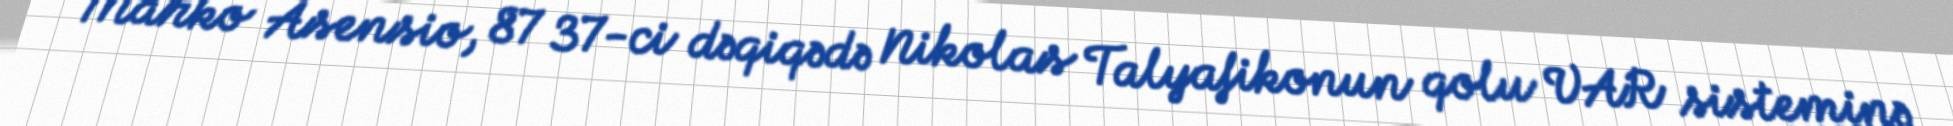
Marko Asensio, 87 37-ci dəqiqədə Nikolas Talyafikonun qolu VAR sisteminə